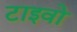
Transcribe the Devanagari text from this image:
टाइवो